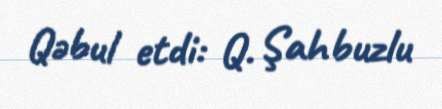
Qəbul etdi: Q. Şahbuzlu